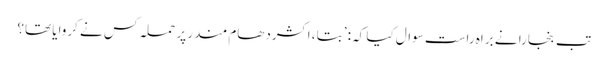
تب بنجارا نے براہِ راست سوال کیا کہ: ’بتا ، اکشردھام مندر پر حملہ کس نے کروایا تھا؟